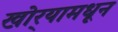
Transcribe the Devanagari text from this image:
खोर्‍यामधून